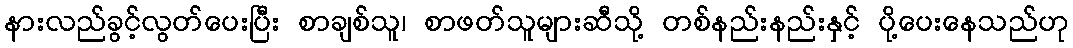
နားလည်ခွင့်လွတ်ပေးပြီး စာချစ်သူ၊ စာဖတ်သူများဆီသို့ တစ်နည်းနည်းနှင့် ပို့ပေးနေသည်ဟု